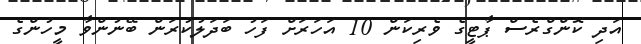
އަދި ކޮންގްރެސް ޕާޓީގެ ވެރިކަން 10 އަހަރަށް ފަހު ބަދަލުކުރަން ބޭނުންވާ މީހުންގެ